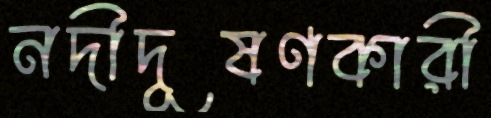
নদীদূষণকারী